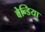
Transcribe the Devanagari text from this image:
वेन्डिया